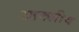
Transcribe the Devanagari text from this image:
आक्लीव